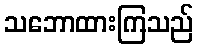
သဘောထားကြသည်